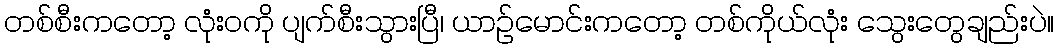
တစ်စီးကတော့ လုံးဝကို ပျက်စီးသွားပြီ၊ ယာဉ်မောင်းကတော့ တစ်ကိုယ်လုံး သွေးတွေချည်းပဲ။